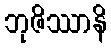
ဘုဇိဿာနိ